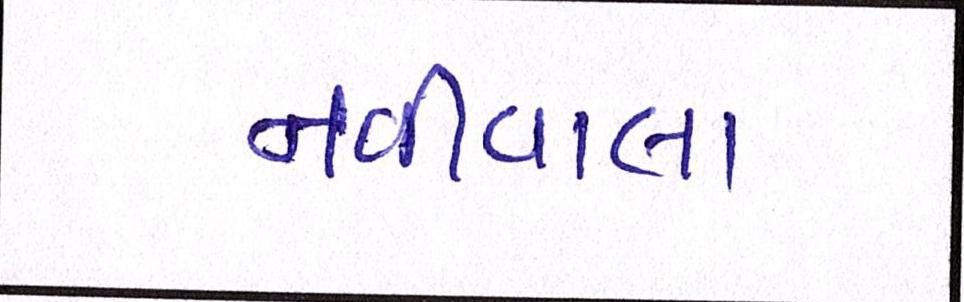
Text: નવીવાલા